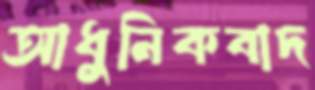
আধুনিকবাদ